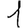
Digit: 1